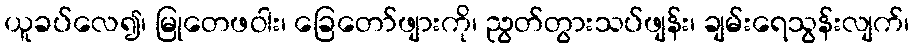
ယူခပ်လေ၍၊ မြုတေဖဝါး၊ ခြေတော်ဖျားကို၊ ညွတ်တွားသပ်ဖျန်း၊ ချမ်းရေသွန်းလျက်၊